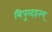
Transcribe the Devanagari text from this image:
त्रिपुरदहनम्